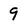
Character: 9